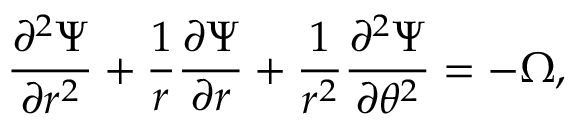
\frac { \partial ^ { 2 } \Psi } { \partial r ^ { 2 } } + \frac { 1 } { r } \frac { \partial \Psi } { \partial r } + \frac { 1 } { r ^ { 2 } } \frac { \partial ^ { 2 } \Psi } { \partial \theta ^ { 2 } } = - \Omega ,